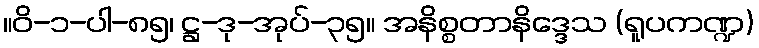
။ဝိ-၁-ပါ-၈၅၊ ဋ္ဌ-ဒု-အုပ်-၃၅။ အနိစ္စတာနိဒ္ဒေသ (ရူပကဏ္ဍ)